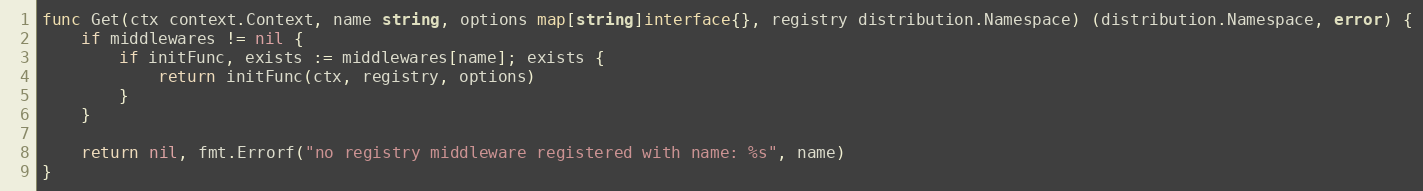
Language: Go
func Get(ctx context.Context, name string, options map[string]interface{}, registry distribution.Namespace) (distribution.Namespace, error) {
	if middlewares != nil {
		if initFunc, exists := middlewares[name]; exists {
			return initFunc(ctx, registry, options)
		}
	}

	return nil, fmt.Errorf("no registry middleware registered with name: %s", name)
}